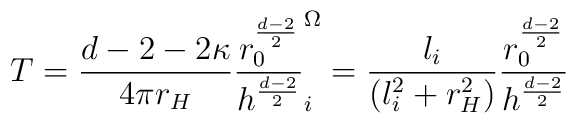
T = \frac{d-2-2\kappa}{4 \pi r_H}\frac{r_0^{\frac{d-2}{2}}}{h^{\frac{d-2}{2}}} \sp \Omega_i =\frac{l_i}{(l_i^2 +r_H^2)}\frac{r_0^{\frac{d-2}{2}}}{h^{\frac{d-2}{2}}}